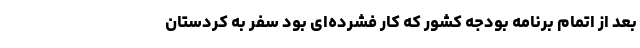
بعد از اتمام برنامه بودجه کشور که کار فشرده‌ای بود سفر به کردستان